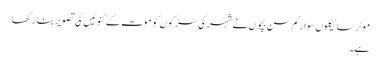
موٹر سائیکلوں سوارکم سن بچوں نے شہر کی سڑکوں کو موت کے کنوئیں کی تصویر بنا رکھا
ہے۔